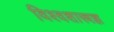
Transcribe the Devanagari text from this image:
विश्वशास्त्रज्ञ